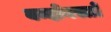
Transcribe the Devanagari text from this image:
बन्दोबस्तों